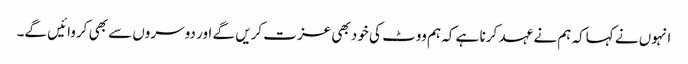
انہوں نے کہاکہ ہم نے عہد کرنا ہے کہ ہم ووٹ کی خود بھی عزت کریں گے اور دوسروں سے بھی کروائیں گے۔